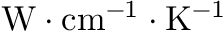
\mathrm { W \cdot { c m } ^ { - 1 } \cdot K ^ { - 1 } }